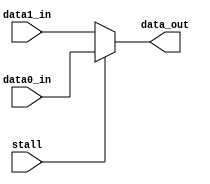
module mux2_15bit(data0_in,data1_in,stall,data_out);
input [14:0] data0_in;
input [14:0] data1_in;
input stall;
output [14:0] data_out;

assign data_out = stall ? data0_in : data1_in;

endmodule